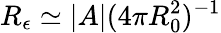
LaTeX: R_{\epsilon}\simeq|A|(4\pi R_{0}^{2})^{-1}